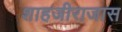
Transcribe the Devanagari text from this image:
शाहजीराजास